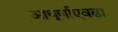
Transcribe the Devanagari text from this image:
आघूर्णाएवढा